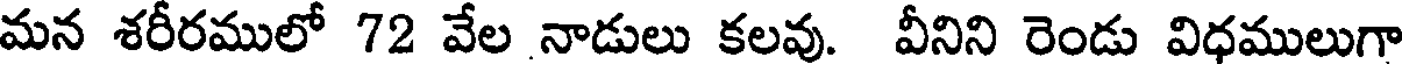
మన శరీరములో 72 వేల నాడులు కలవు. వీనిని రెండు విధములుగా